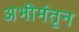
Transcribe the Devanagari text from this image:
अभीमंतृन